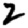
Digit: 2